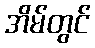
အိမ်တွင်